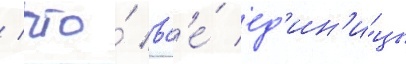
/ что́ вс'е́ ед'ин'и́цы